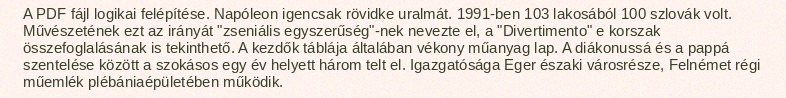
A PDF fájl logikai felépítése. Napóleon igencsak rövidke uralmát. 1991-ben 103 lakosából 100 szlovák volt. Művészetének ezt az irányát "zseniális egyszerűség"-nek nevezte el, a "Divertimento" e korszak összefoglalásának is tekinthető. A kezdők táblája általában vékony műanyag lap. A diákonussá és a pappá szentelése között a szokásos egy év helyett három telt el. Igazgatósága Eger északi városrésze, Felnémet régi műemlék plébániaépületében működik.